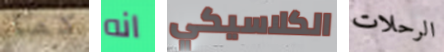
كما انه الكلاسيكي الرحلات